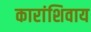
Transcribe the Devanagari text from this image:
कारांशिवाय